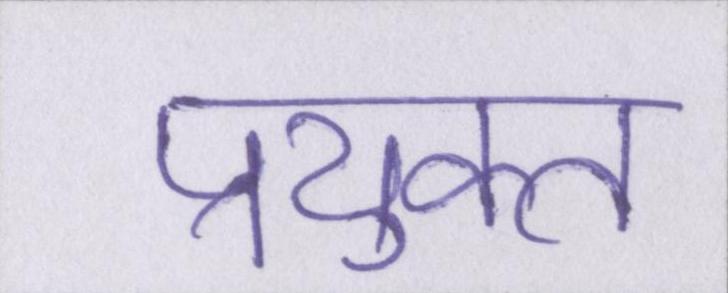
प्रयुक्त